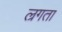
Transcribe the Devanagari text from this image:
ल्रगता